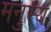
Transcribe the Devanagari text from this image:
मनुस्य